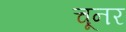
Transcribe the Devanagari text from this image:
चूनर